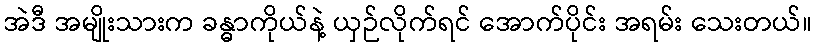
အဲဒီ အမျိုးသားက ခန္ဓာကိုယ်နဲ့ ယှဉ်လိုက်ရင် အောက်ပိုင်း အရမ်း သေးတယ်။